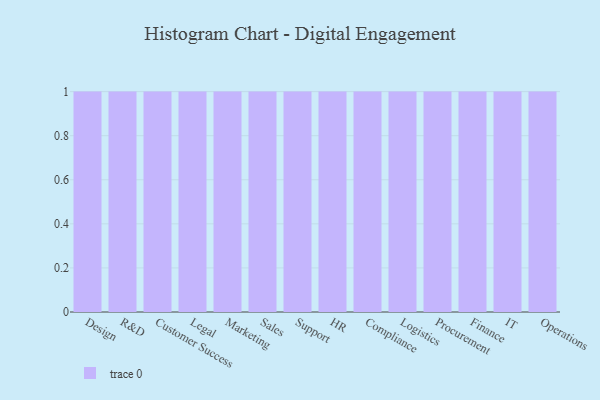
{"axis": {"x": "Department", "y": "Production Output"}, "legend": [""], "data": [{"x": "Design", "y": 84, "type": ""}, {"x": "R&D", "y": 33, "type": ""}, {"x": "Customer Success", "y": 7, "type": ""}, {"x": "Legal", "y": 15, "type": ""}, {"x": "Marketing", "y": 9, "type": ""}, {"x": "Sales", "y": 22, "type": ""}, {"x": "Support", "y": 73, "type": ""}, {"x": "HR", "y": 36, "type": ""}, {"x": "Compliance", "y": 64, "type": ""}, {"x": "Logistics", "y": 21, "type": ""}, {"x": "Procurement", "y": 34, "type": ""}, {"x": "Finance", "y": 80, "type": ""}, {"x": "IT", "y": 64, "type": ""}, {"x": "Operations", "y": 87, "type": ""}]}